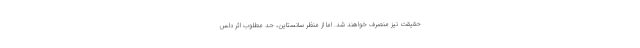
حقیقت نیز منصرف خواهند شد. اما از منظر سانستاین، حد مطلوب اثر دلس